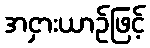
အငှားယာဉ်ဖြင့်